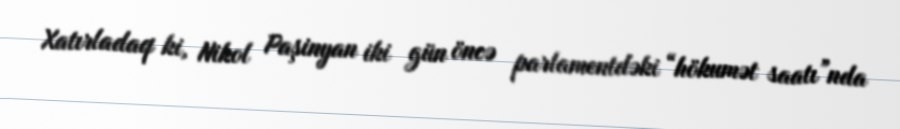
Xatırladaq ki, Nikol Paşinyan iki gün öncə parlamentdəki “hökumət saatı”nda